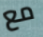
مع